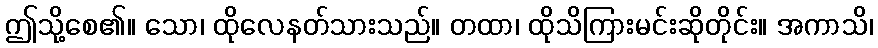
ဤသို့စေ၏။ သော၊ ထိုလေနတ်သားသည်။ တထာ၊ ထိုသိကြားမင်းဆိုတိုင်း။ အကာသိ၊